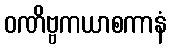
ဝဏိဗ္ဗကယာစကာနံ